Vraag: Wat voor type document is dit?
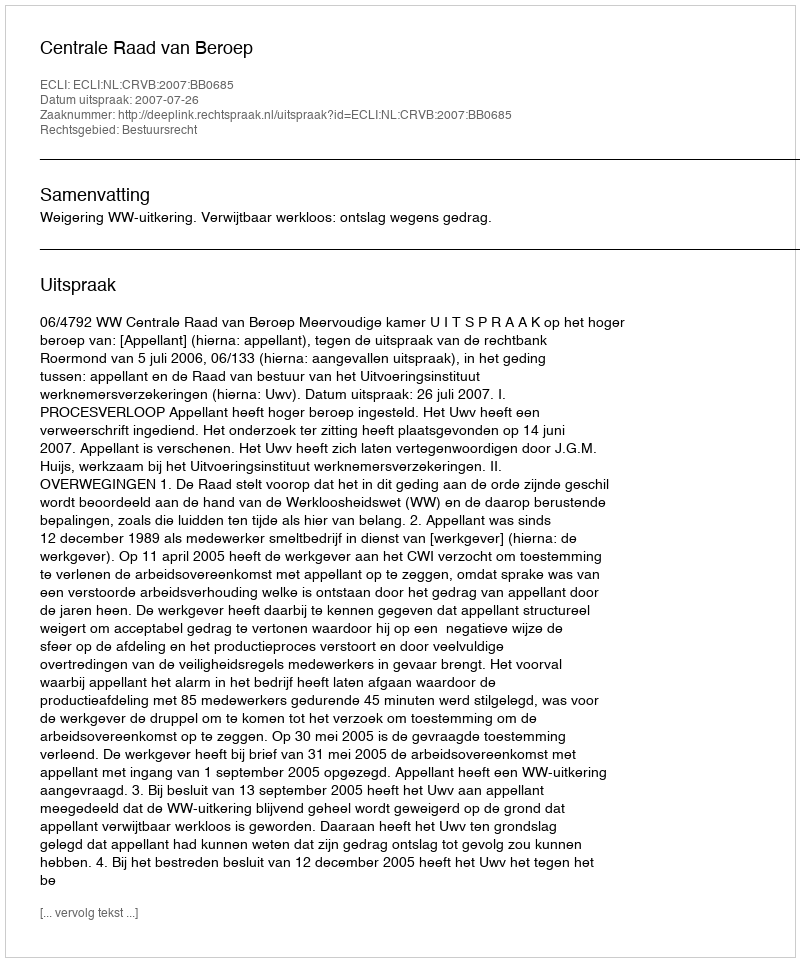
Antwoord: Uitspraak